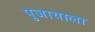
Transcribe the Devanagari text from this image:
पुजायाला